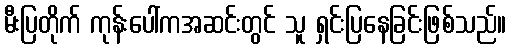
မီးပြတိုက် ကုန်းပေါ်ကအဆင်းတွင် သူ ရှင်းပြနေခြင်းဖြစ်သည်။